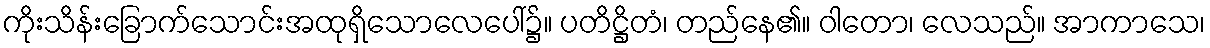
ကိုးသိန်းခြောက်သောင်းအထုရှိသောလေပေါ်၌။ ပတိဋ္ဌိတံ၊ တည်နေ၏။ ဝါတော၊ လေသည်။ အာကာသေ၊